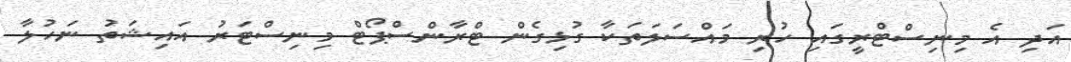
އަދި އެ މިނިސްޓްރީގައި ހުރި މައްސަލަތަކާ ގުޅިގެން ޓްރާންސްޕޯޓް މިނިސްޓަރު އައިޝަތު ނަހުލާ